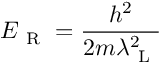
E _ { \mathrm { ~ R ~ } } = \frac { h ^ { 2 } } { 2 m \lambda _ { \mathrm { ~ L ~ } } ^ { 2 } }